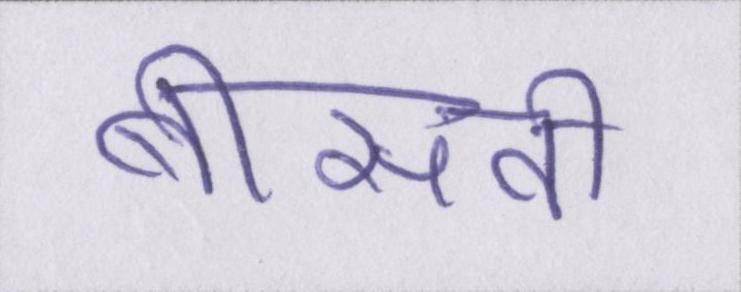
बीसवीं